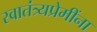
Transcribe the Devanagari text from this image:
स्वातंत्र्यप्रेमींना